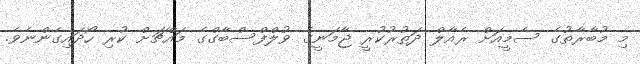
މި މުބާރާތުގެ ސެމީއަށް ރެއާލް ދަތުރުކުރީ ޖާމަނީގެ ވުލްފްސްބާގްގެ މައްޗަށް ކުރި ހޯދައިގެންނެވެ.